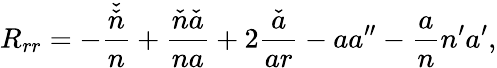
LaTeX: R_{rr}=-\frac{\check{\check{n}}}{n}+\frac{\check{n}\check{a}}{na}+2\frac{\check{a}}{ar}-aa^{\prime\prime}-\frac{a}{n}n^{\prime}a^{\prime},